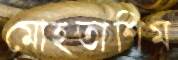
মোহতাশিম